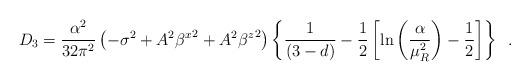
LaTeX: \begin{align*}D_{3}=\frac{\alpha^{2}}{32\pi^{2}}\left(-\sigma^{2}+A^{2}{\beta^{x}}^{2}+A^{2}{\beta^{z}}^{2}\right)\left\{\frac{1}{(3-d)}-\frac{1}{2}\left[\ln\left(\frac{\alpha}{\mu_{R}^{2}}\right)-\frac{1}{2}\right]\right\} \;\;.\end{align*}